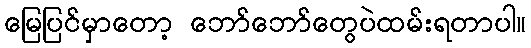
မြေပြင်မှာတော့ ဘော်ဘော်တွေပဲထမ်းရတာပါ။